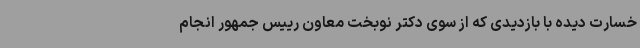
خسارت دیده با بازدیدی که از سوی دکتر نوبخت معاون رییس جمهور انجام